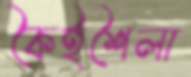
কৈইশৈলা